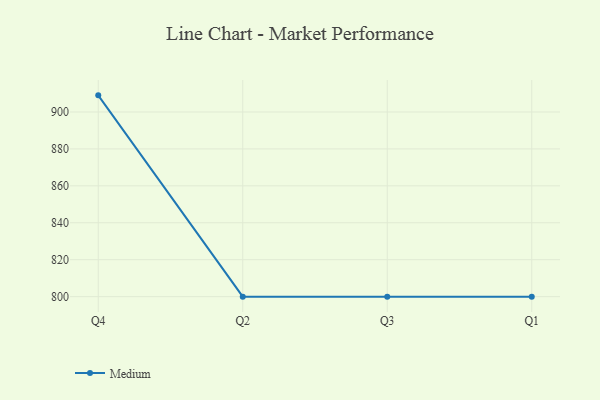
{"axis": {"x": "Quarter", "y": "Market Share (%)"}, "legend": ["Medium"], "data": [{"x": "Q4", "y": 909.0, "type": "Medium"}, {"x": "Q2", "y": 800, "type": "Medium"}, {"x": "Q3", "y": 800, "type": "Medium"}, {"x": "Q1", "y": 800, "type": "Medium"}]}